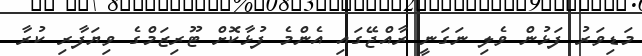
މަޑިވަރު ފަޅުން ވެލި ނަގަނީ ރާއްޖޭގައި އެންމެ ފުޅާކޮށް ޓޫރިޒަމްގެ ވިޔަފާރި ކުރާ